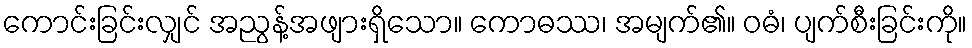
ကောင်းခြင်းလျှင် အညွန့်အဖျားရှိသော။ ကောဓဿ၊ အမျက်၏။ ဝဓံ၊ ပျက်စီးခြင်းကို။